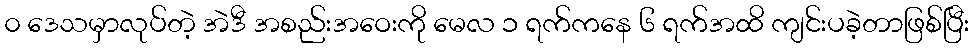
၀ ဒေသမှာလုပ်တဲ့ အဲဒီ အစည်းအဝေးကို မေလ ၁ ရက်ကနေ ၆ ရက်အထိ ကျင်းပခဲ့တာဖြစ်ပြီး